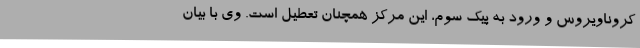
کروناویروس و ورود به پیک سوم، این مرکز همچنان تعطیل است. وی با بیان